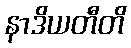
နာဒိယတီတိ